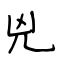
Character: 兇